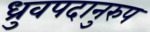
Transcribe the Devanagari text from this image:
ध्रुवपदानुरुप